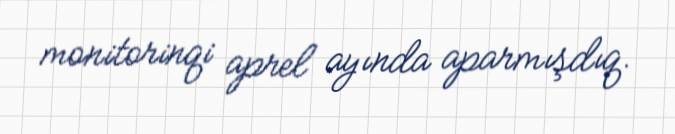
monitorinqi aprel ayında aparmışdıq.